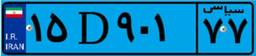
۱۵D۹۰۱۷۷